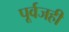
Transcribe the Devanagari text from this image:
पूर्वजही